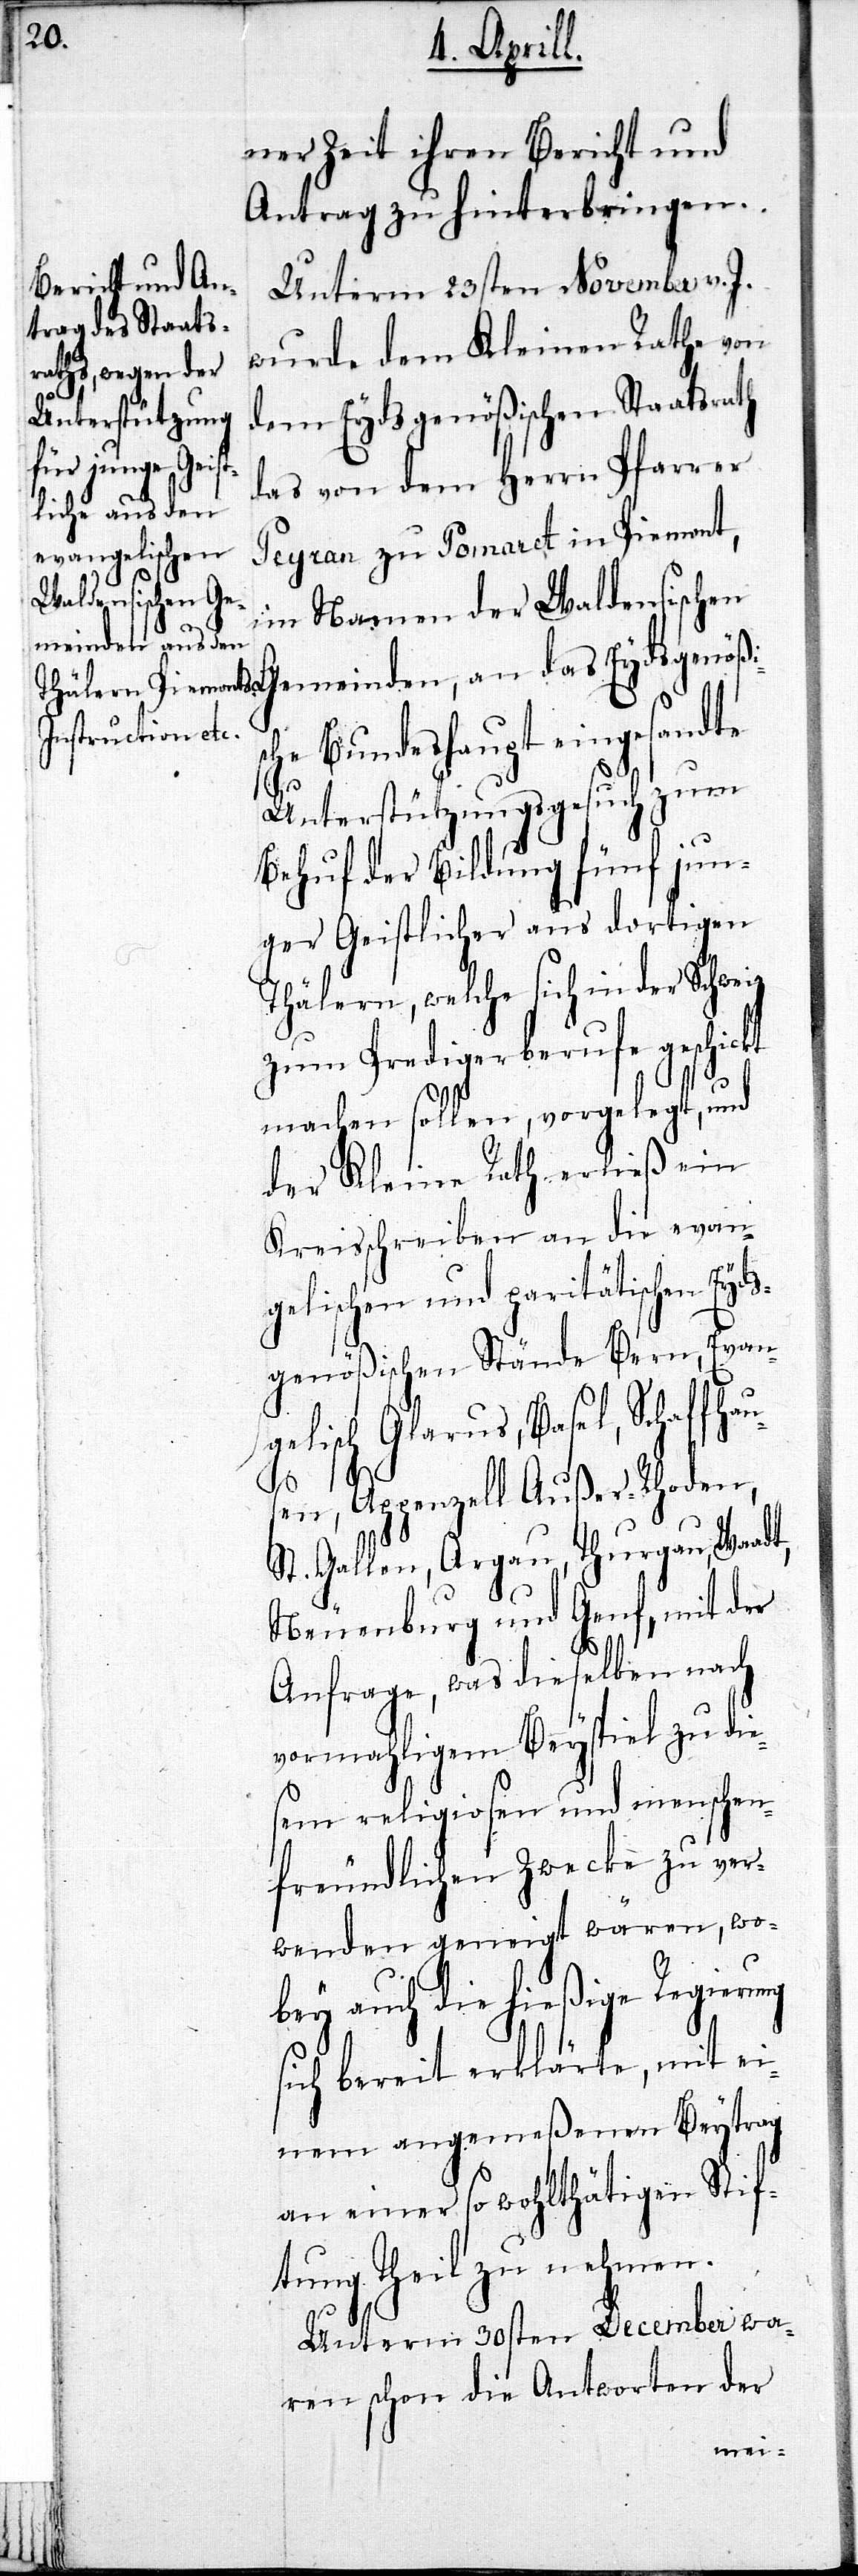
ner Zeit ihren Bericht und
Antrag zu hinterbringen.
Unterm 23sten November v. J.
wurde dem Kleinen Rathe von
dem Eydsgenößischen Staatsrath
das von dem Herrn Pfarrer
Peyran zu Pomaret in Piemont,
im Namen der Waldensischen
Bundeshaupt eingesandte
Unterstützungsgesuch zum
Behuf der Bildung fünf jun¬
ger Geistlicher aus dortigen
Thälern, welche sich in der Schweiz
zum Predigerberufe geschi¬
machen sollen, vorgelegt, und
der Kleine Rath erließ ein
Kreisschreiben an die evan¬
gelischen und paritätischen Eyd¬
sgenößischen Stände Bern, Evan¬
gelisch Glarus, Basel, Schaffhau¬
ckt
sen, Appenzell Außer-Rhoden,
St. Gallen, Argau, Thurgau, Waadt,
Neuenburg und Genf, mit der
Anfrage, was dieselben nach
vormahligen Beyspiel zu die¬
sen religiosen und menschen¬
freundlichen Zwecke zu ver¬
wenden geneigt wären, wo¬
bey auch die hießige Regierung
sich bereit erklärte, mit ei¬
nem angemeßenen Beytrag
an einer so wohlthätigen Stif¬
tung Theil zu nehmen.
Unterm 30sten December wa¬
ren schon die Antworten der
nden,